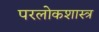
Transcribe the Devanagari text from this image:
परलोकशास्त्र